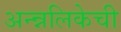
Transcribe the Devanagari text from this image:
अन्न्नलिकेची